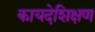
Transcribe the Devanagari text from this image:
कायदेशिक्षण